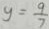
y = \frac { 9 } { 7 }